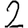
Digit: 2